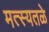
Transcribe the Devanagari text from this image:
मत्स्यतळे